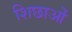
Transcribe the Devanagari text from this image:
शिछाओं